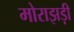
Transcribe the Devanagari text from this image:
मोराझड़ी